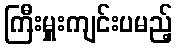
ကြီးမှူးကျင်းပမည့်